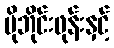
မိုဘိုင်းဖုန်းနှင့်